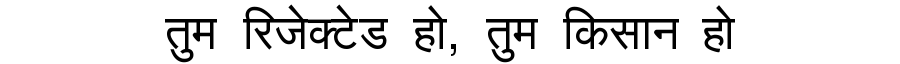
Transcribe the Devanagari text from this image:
तुम रिजेक्टेड हो, तुम किसान हो